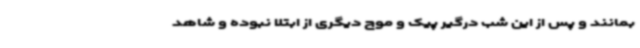
بمانند و پس از این شب درگیر پیک و موج دیگری از ابتلا نبوده و شاهد